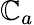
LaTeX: \mathbb{C}_{a}